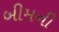
બીમની